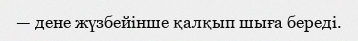
— дене жүзбейінше қалқып шыға береді.